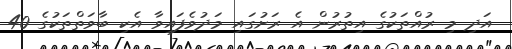
އަދި މި ރުއްތަކުގެ އިތުރުން އެ ރަށުގައި މަދުވެފައިވާ އެކި ބާވަތްތަކުގެ 40